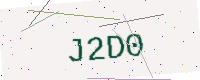
Text: J2D0